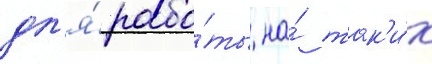
дл'я́ рабо́ты на́ так'и́х